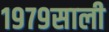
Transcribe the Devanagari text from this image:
१९७९साली